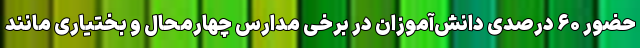
حضور ۶۰ درصدی دانش‌آموزان در برخی مدارس چهارمحال و بختیاری مانند